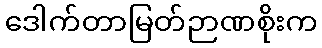
ဒေါက်တာမြတ်ဉာဏစိုးက